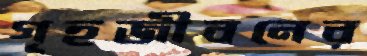
গৃহজীবনের